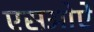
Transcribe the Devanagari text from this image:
एसओऐ